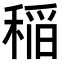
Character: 稲